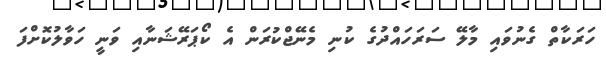
ހަރަކާތް ގެނުވައި މާލޭ ސަރަހައްދުގެ ކުނި މެނޭޖްކުރަން އެ ކޯޕަރޭޝަނާއި ވަނީ ހަވާލުކޮށްފަ